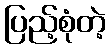
ပြည့်စုံတဲ့